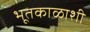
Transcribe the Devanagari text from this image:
भूतकाळाशी